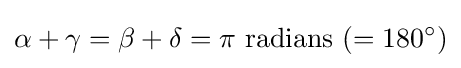
\alpha +\gamma =\beta +\delta =\pi \ {\text{radians}}\ (=180^{\circ })